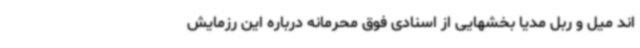
اند میل و ربل مدیا بخشهایی از اسنادی فوق محرمانه درباره این رزمایش